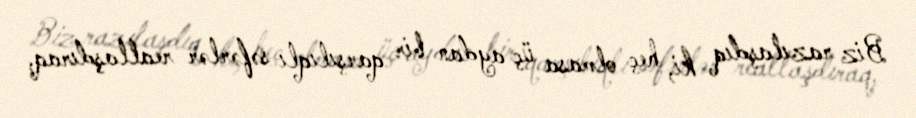
Biz razılaşdıq ki, heç olmasa üç aydan bir qarşılıqlı səfərlər reallaşdıraq,